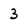
Character: 3